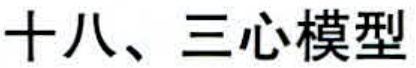
十八、三心模型